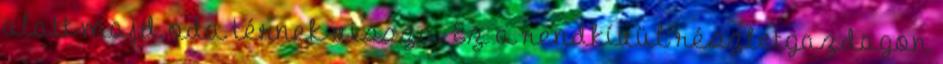
alatt majd oda térnek vissza. Ez a rendkívül részletgazdagon